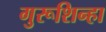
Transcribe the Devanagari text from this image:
गुरूशिन्हा